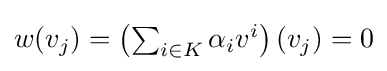
{\textstyle w(v_{j})=\left(\sum _{i\in K}\alpha _{i}v^{i}\right)\left(v_{j}\right)=0}